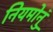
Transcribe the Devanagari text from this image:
नियमोनुं